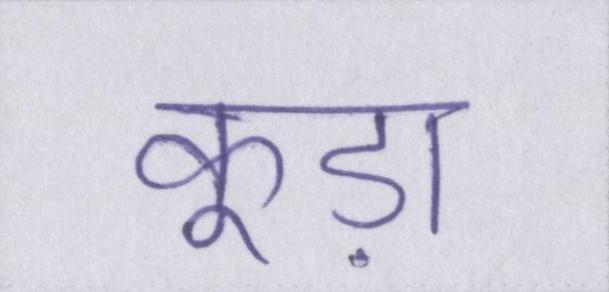
कूड़ा